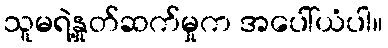
သူမရဲ့နှုတ်ဆက်မှုက အပေါ်ယံပါ။